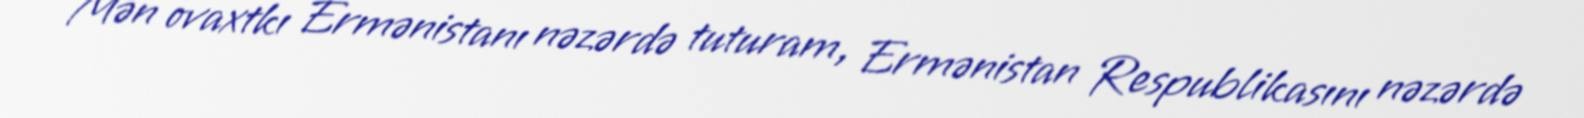
Mən ovaxtkı Ermənistanı nəzərdə tuturam, Ermənistan Respublikasını nəzərdə